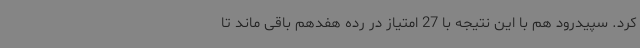
کرد. سپیدرود هم با این نتیجه با 27 امتیاز در رده هفدهم باقی ماند تا